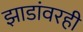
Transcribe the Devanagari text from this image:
झाडांवरही